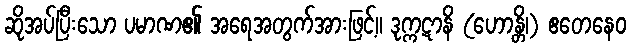
ဆိုအပ်ပြီးသော ပမာဏ၏ အရေအတွက်အားဖြင့်။ ဒုက္ကဋာနိ (ဟောန္တိ၊) ဧတေနေဝ